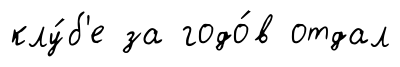
клу́б'е за годо́в отдал